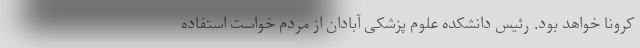
کرونا خواهد بود. رئیس دانشکده علوم پزشکی آبادان از مردم خواست استفاده